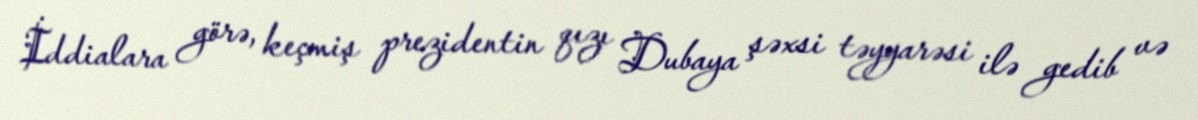
İddialara görə, keçmiş prezidentin qızı Dubaya şəxsi təyyarəsi ilə gedib və